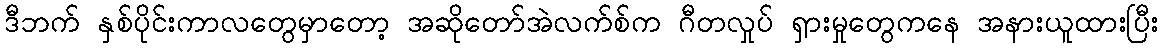
ဒီဘက် နှစ်ပိုင်းကာလတွေမှာတော့ အဆိုတော်အဲလက်စ်က ဂီတလှုပ် ရှားမှုတွေကနေ အနားယူထားပြီး